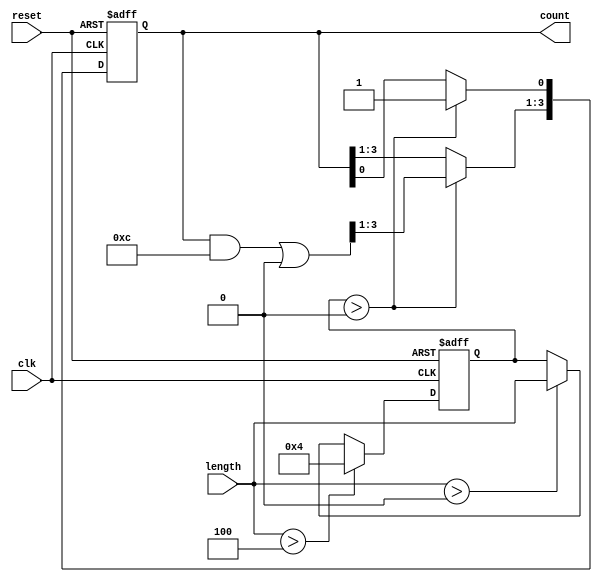
module variable_length_ring_counter (
    input wire clk,               // Clock input
    input wire reset,             // Asynchronous reset
    input wire [3:0] length,      // Length control input (max 4 for 4-bit counter)
    output reg [3:0] count        // Output representing the current state of the counter
);
    // Local parameter to define maximum length for the counter
    localparam MAX_LENGTH = 4;

    // Internal variable to hold the adjusted length of the counter
    reg [3:0] effective_length;

    always @(posedge clk or posedge reset) begin
        if (reset) begin
            // Reset state
            count <= 4'b0001; // Initialize the counter
            effective_length <= 1; // Start with minimum length
        end else begin
            // Adjust effective length based on input
            if (length > MAX_LENGTH) 
                effective_length <= MAX_LENGTH; // Clamp to max length
            else if (length > 0) 
                effective_length <= length; // Set to desired length
            else 
                effective_length <= effective_length; // Hold last length if 0
            
            // Ring counter operation
            if (effective_length > 0) begin
                // Shift the high bit to the next flip-flop based on effective length
                count <= (count << 1) | (count >> (MAX_LENGTH - 1)); // Shift and wrap around
                // Reset to first position if shifted outside active length
                count[effective_length - 1:0] = 0; // Clear other bits beyond effective length
                count[0] = 1; // Reset the first bit to 1
            end
        end
    end
endmodule